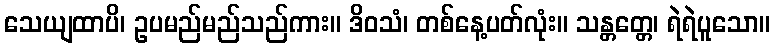
သေယျထာပိ၊ ဥပမည်မည်သည်ကား။ ဒိဝသံ၊ တစ်နေ့ပတ်လုံး။ သန္တတ္တေ၊ ရဲရဲပူသော။